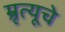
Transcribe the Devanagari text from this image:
म्रृत्यूचे